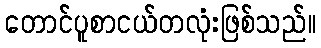
တောင်ပူစာငယ်တလုံးဖြစ်သည်။